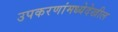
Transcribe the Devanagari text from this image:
उपकरणांमध्येदेखील